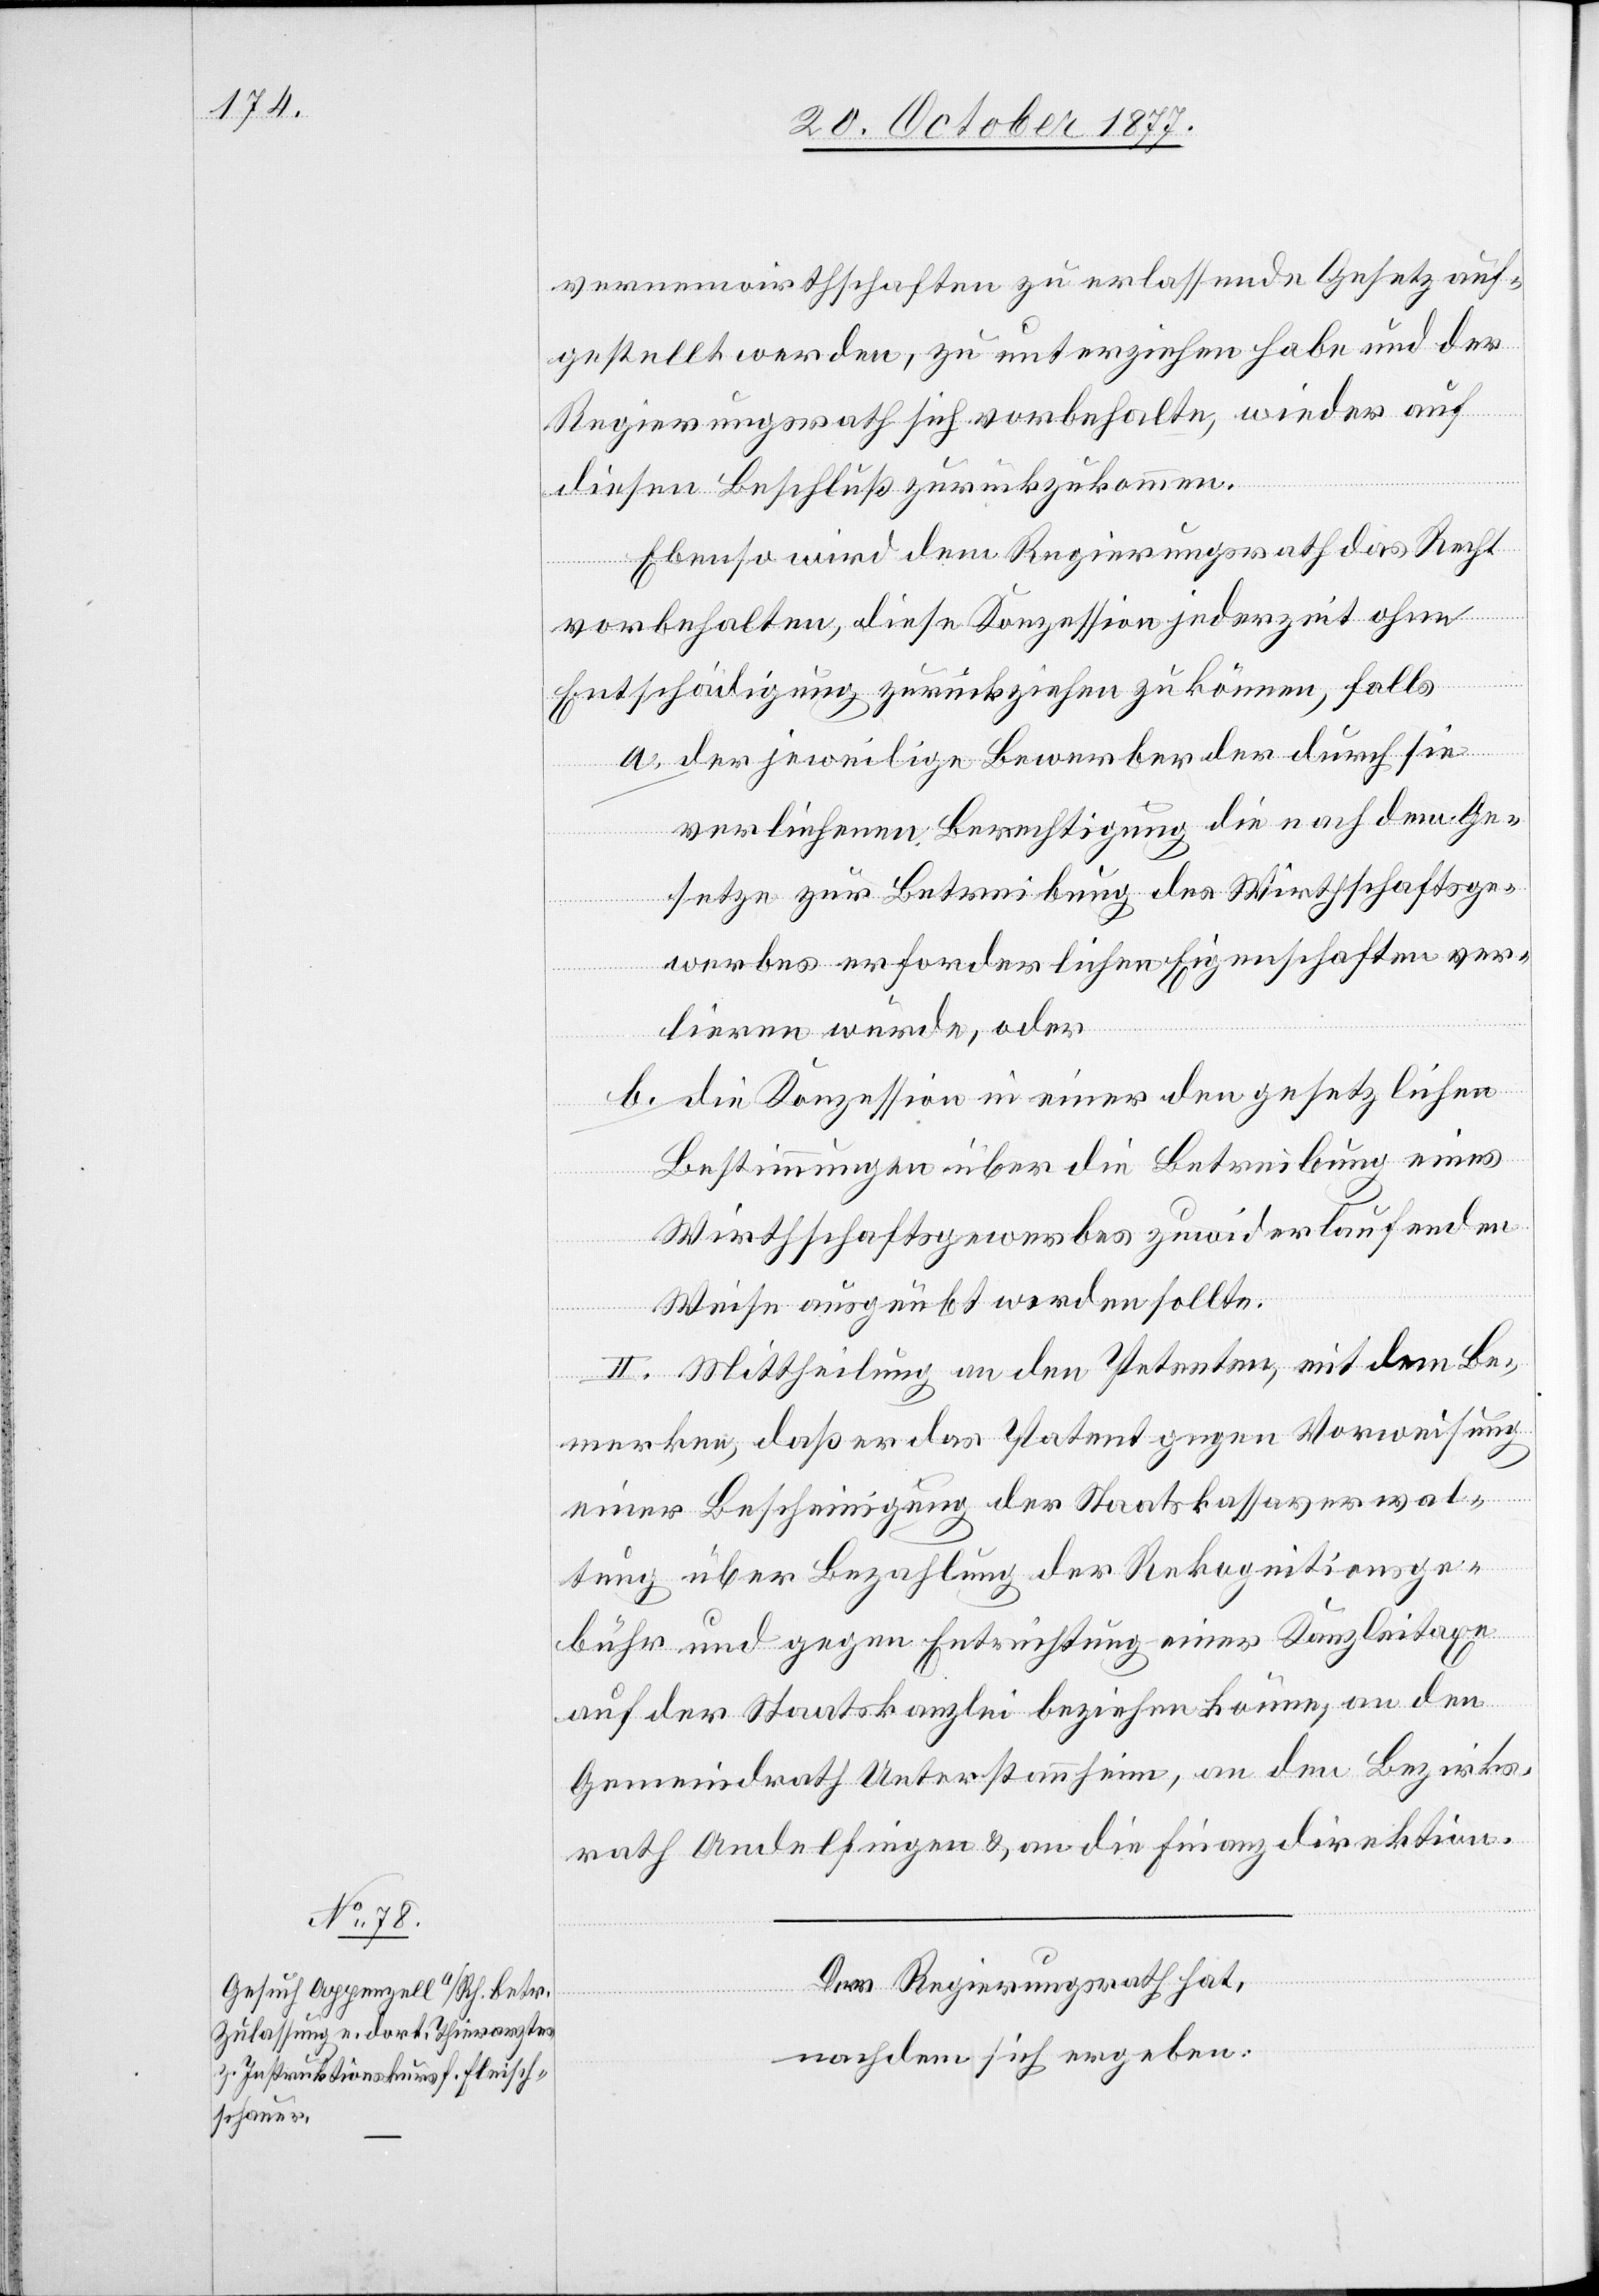
vernenwirthschaften zu erlassende Gesetz auf¬
gestellt werden, zu unterziehen habe und der
Regierungsrath sich vorbehalte, wieder auf
diesen Beschluß zurückzukommen.
Ebenso wird dem Regierungsrath das Recht
vorbehalten, diese Konzession jederzeit ohne
Entschädigung zurückziehen zu können, falls
der jeweilige Bewerber der durch sie
verliehenen Berechtigung die nach dem Ge¬
setze zur Betreibung des Wirthschaftsge¬
werbes erforderlichen Eigenschaften ver¬
lieren würde, oder
die Konzession in einer den gesetzlichen
Bestimmungen über die Betreibung eines
Wirthschaftsgewerbes zuwiderlaufenden
Weise ausgeübt werden sollte.
II. Mittheilung an den Petenten, mit dem Be¬
merken, daß er das Patent gegen Vorweisung
einer Bescheinigung der Staatskassaverwal¬
tung über Bezahlung der Rekognitionsge¬
bühr und gegen Entrichtung einer Kanzleitaxe
auf der Staatskanzlei beziehen könne, an den
Gemeindrath Unterstammheim, an den Bezirks¬
rath Andelfingen & an die Finanzdirektion.
Der Regierungsrath hat,
nachdem sich ergeben: